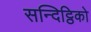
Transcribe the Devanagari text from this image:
सन्दिट्ठिको